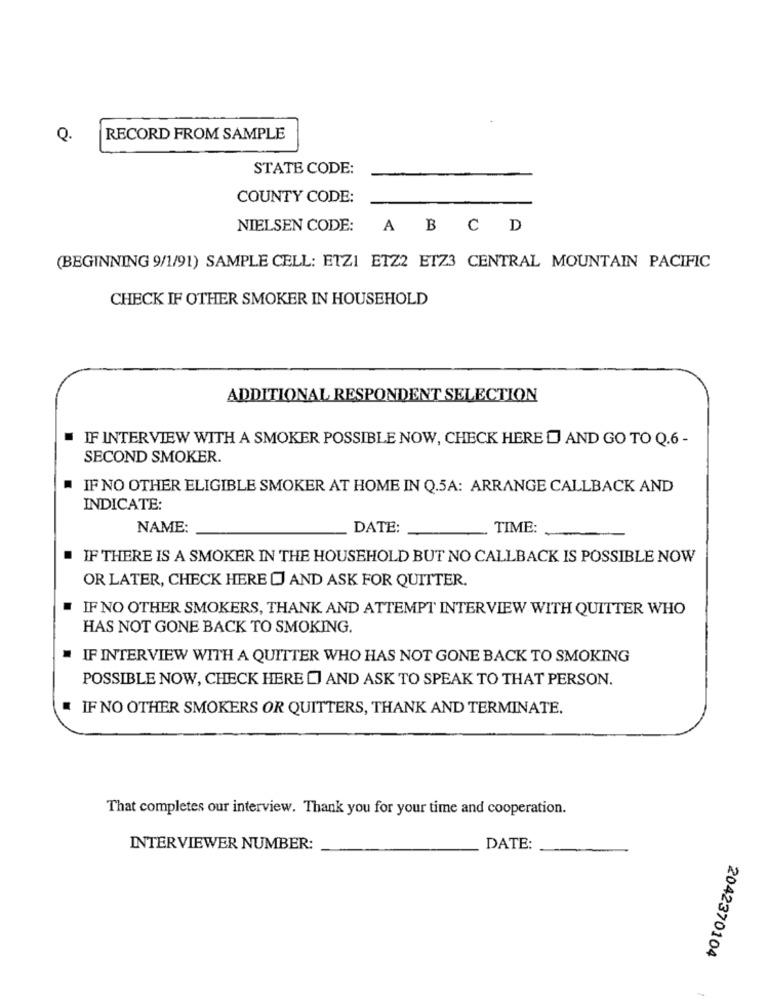
Q.
RECORD FROM SAMPLE
STATE CODE:
COUNTY CODE:
NIELSEN CODE:
ABCD
(BEGINNING 9/1/91) SAMPLE CELL: ETZI ETZ2 ETZ3 CENTRAL MOUNTAIN PACIFIC
CHECK IF OTHER SMOKER IN HOUSEHOLD
ADDITIONAL RESPONDENT SELECTION
IF INTERVIEW WITH A SMOKER POSSIBLE NOW, CHECK HERE D AND GO TO Q.6 -
SECOND SMOKER.
IF NO OTHER ELIGIBLE SMOKER AT HOME IN Q.5A: ARRANGE CALLBACK AND
INDICATE:
NAME:
DATE:
TIME:
IF THERE IS A SMOKER IN THE HOUSEHOLD BUT NO CALLBACK IS POSSIBLE NOW
OR LATER, CHECK HERE O AND ASK FOR QUITTER.
IF NO OTHER SMOKERS, THANK AND ATTEMPT INTERVIEW WITH QUITTER WHO
HAS NOT GONE BACK TO SMOKING.
.
IF INTERVIEW WITH A QUITTER WHO HAS NOT GONE BACK TO SMOKING
POSSIBLE NOW, CHECK HERE [] AND ASK TO SPEAK TO THAT PERSON.
IF NO OTHER SMOKERS OR QUITTERS, THANK AND TERMINATE.
That completes our interview. Thank you for your time and cooperation.
INTERVIEWER NUMBER:
DATE:
2042370104